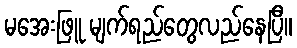
မအေးဖြူ မျက်ရည်တွေလည်နေပြီ။